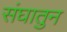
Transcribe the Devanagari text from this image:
संघातुन